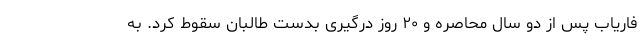
فاریاب پس از دو سال محاصره و ۲۰ روز درگیری بدست طالبان سقوط کرد. به